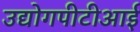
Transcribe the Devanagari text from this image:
उद्योगपीटीआई